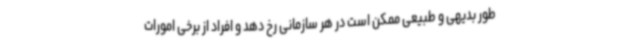
طور بدیهی و طبیعی ممکن است در هر سازمانی رخ دهد و افراد از برخی امورات